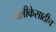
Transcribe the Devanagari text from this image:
नलीकेसाठीच